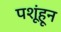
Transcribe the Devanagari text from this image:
पशूंहून